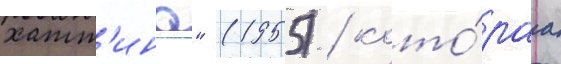
хатт'ина" (1955) / кото́раа